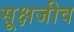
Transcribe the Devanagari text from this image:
सूक्षजीव